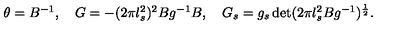
\begin{array} { c } { \theta = B ^ { - 1 } , \quad G = - ( 2 \pi l _ { s } ^ { 2 } ) ^ { 2 } B g ^ { - 1 } B , \quad G _ { s } = g _ { s } \det ( 2 \pi l _ { s } ^ { 2 } B g ^ { - 1 } ) ^ { \frac { 1 } { 2 } } . } \\ \end{array}